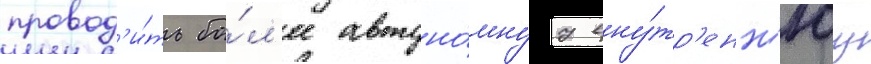
провод'и́ть бо́л'ее автоно́мнуу вну́тр'енн'юу